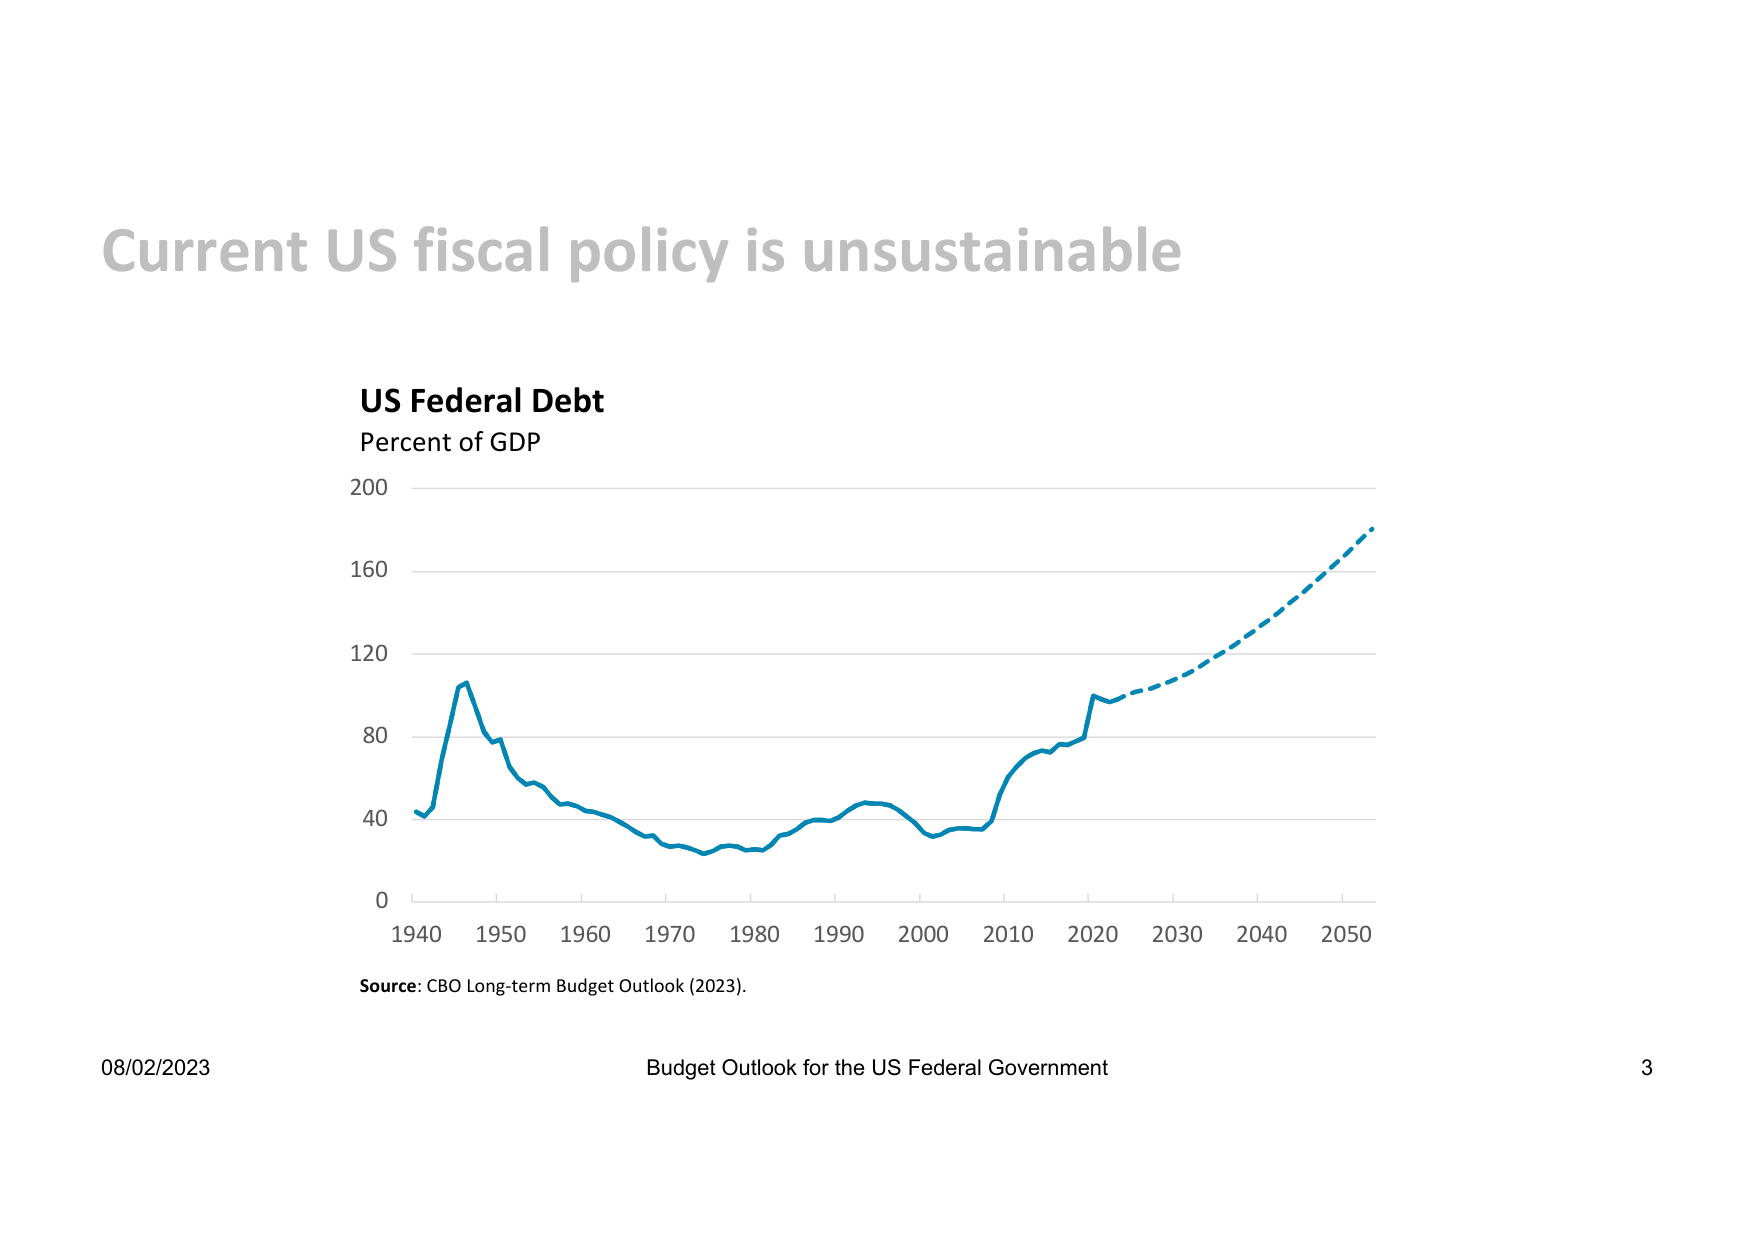
Current US fiscal policy is unsustainable

US Federal Debt
Percent of GDP

200
160
120
80
40
0

1940 1950 1960 1970 1980 1990 2000 2010 2020 2030 2040 2050

Source: CBO Long-term Budget Outlook (2023).

08/02/2023
Budget Outlook for the US Federal Government
3